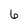
Character: 6